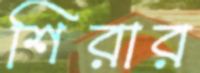
শিরার